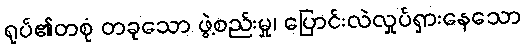
ရုပ်၏တစုံ တခုသော ဖွဲ့စည်းမှု၊ ပြောင်းလဲလှုပ်ရှားနေသော